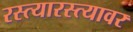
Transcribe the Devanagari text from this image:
रस्त्यारस्त्यावर